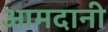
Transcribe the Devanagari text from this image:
आमदानी